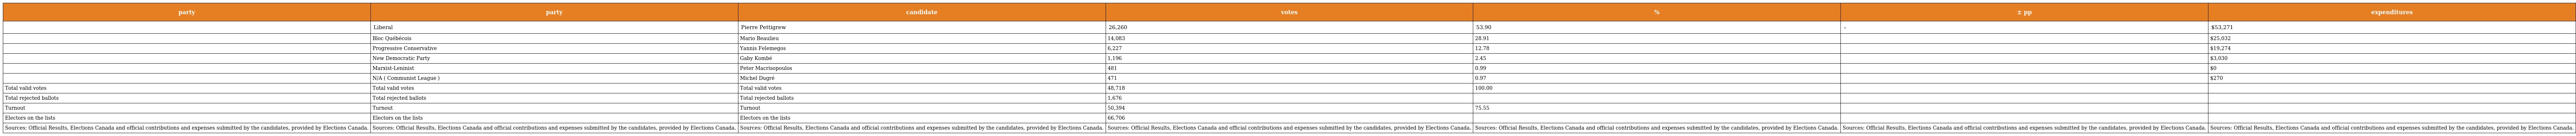
| party | party | candidate | votes | % | ± pp | expenditures |
 | --- | --- | --- | --- | --- | --- | --- |
 |  | Liberal | Pierre Pettigrew | 26,260 | 53.90 | – | $53,271 |
 |  | Bloc Québécois | Mario Beaulieu | 14,083 | 28.91 |  | $25,032 |
 |  | Progressive Conservative | Yannis Felemegos | 6,227 | 12.78 |  | $19,274 |
 |  | New Democratic Party | Gaby Kombé | 1,196 | 2.45 |  | $3,030 |
 |  | Marxist-Leninist | Peter Macrisopoulos | 481 | 0.99 |  | $0 |
 |  | N/A ( Communist League ) | Michel Dugré | 471 | 0.97 |  | $270 |
 | Total valid votes | Total valid votes | Total valid votes | 48,718 | 100.00 |  |  |
 | Total rejected ballots | Total rejected ballots | Total rejected ballots | 1,676 |  |  |  |
 | Turnout | Turnout | Turnout | 50,394 | 75.55 |  |  |
 | Electors on the lists | Electors on the lists | Electors on the lists | 66,706 |  |  |  |
 | Sources: Official Results, Elections Canada and official contributions and expenses submitted by the candidates, provided by Elections Canada. | Sources: Official Results, Elections Canada and official contributions and expenses submitted by the candidates, provided by Elections Canada. | Sources: Official Results, Elections Canada and official contributions and expenses submitted by the candidates, provided by Elections Canada. | Sources: Official Results, Elections Canada and official contributions and expenses submitted by the candidates, provided by Elections Canada. | Sources: Official Results, Elections Canada and official contributions and expenses submitted by the candidates, provided by Elections Canada. | Sources: Official Results, Elections Canada and official contributions and expenses submitted by the candidates, provided by Elections Canada. | Sources: Official Results, Elections Canada and official contributions and expenses submitted by the candidates, provided by Elections Canada. |